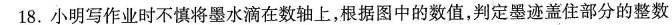
18.小明写作业时不慎将墨水滴在数轴上，根据图中的数值，判定墨迹盖住部分的整数